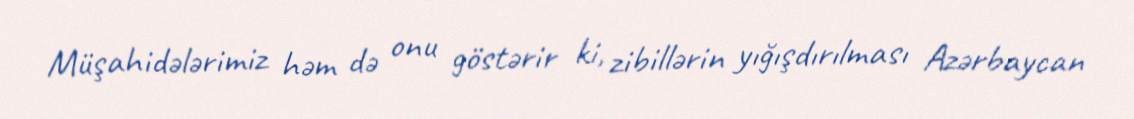
Müşahidələrimiz həm də onu göstərir ki, zibillərin yığışdırılması Azərbaycan